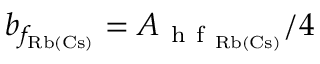
b _ { f _ { \mathrm { R b ( C s ) } } } = A _ { \mathrm { ~ h ~ f ~ } _ { \mathrm { R b ( C s ) } } } / 4